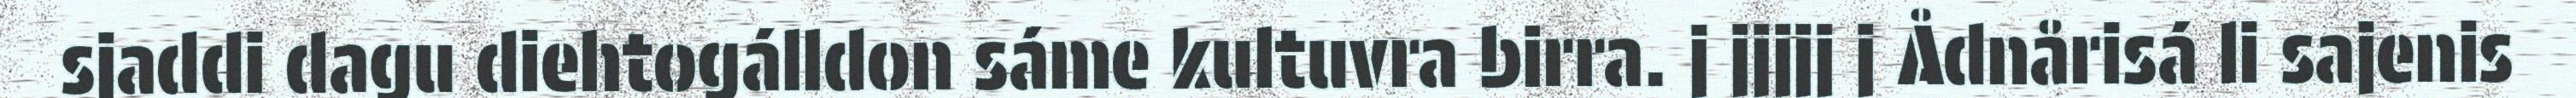
sjaddi dagu diehtogálldon sáme kultuvra birra. j jjjjj j Ådnårisá li sajenis